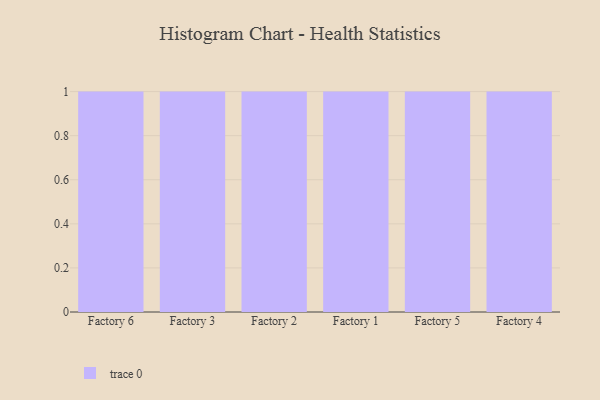
{"axis": {"x": "Factory", "y": "Gross Profit (USD K)"}, "legend": [""], "data": [{"x": "Factory 6", "y": 9, "type": ""}, {"x": "Factory 3", "y": 64, "type": ""}, {"x": "Factory 2", "y": 65, "type": ""}, {"x": "Factory 1", "y": 93, "type": ""}, {"x": "Factory 5", "y": 31, "type": ""}, {"x": "Factory 4", "y": 1, "type": ""}]}